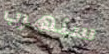
سنهرب